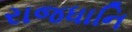
રાજધાનિ